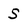
Character: S